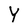
Character: Y